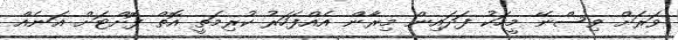
ވަރަށް ވިސްނޭ މީހަކު ފަދައިން މިރާން އެއްފަހަރު ކުރިމަތީ އޮތް ފޮށްޓަށް އަނެއް